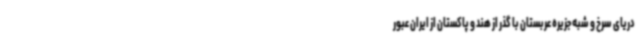
دریای سرخ و شبه جزیره عربستان با گذر از هند و پاکستان از ایران عبور